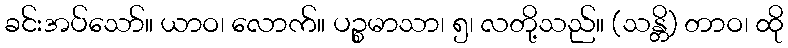
ခင်းအပ်သော်။ ယာဝ၊ လောက်။ ပဉ္စမာသာ၊ ၅၊ လတို့သည်။ (သန္တိ) တာဝ၊ ထို